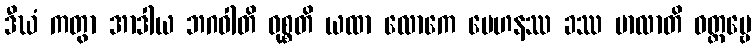
ဒီဃံ ကတွာ အာဒါယ ဘဂဝါတိ ဝုစ္စတိ ယထာ လောကေ မေဟနဿ ခဿ မာလာတိ ဝတ္တဗ္ဗေ